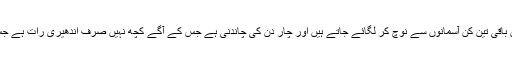
چاند تو ضرور ایک ہے، معلوم نہیں باقی تین کن آسمانوں سے نوچ کر لگائے جاتے ہیں اور چار دن کی چاندنی ہے جس کے آگے کچھ نہیں صرف اندھیری رات ہے جس میں آپ ٹھوکریں کھاتے پھریئے۔